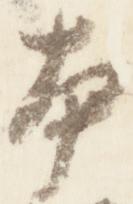
本